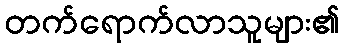
တက်ရောက်လာသူများ၏